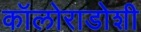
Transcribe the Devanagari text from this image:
कॉलोराडोशी